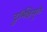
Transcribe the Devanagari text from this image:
दुर्भिक्षेमुळे